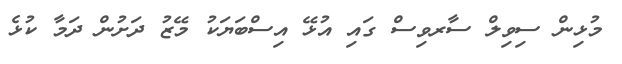
މުޅިން ސިވިލް ސާރވިސް ގައި އުޅޭ އިސްބަޔަކު މޭޒު ދަށުން ދަމާ ކުޅެ